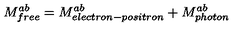
M _ { f r e e } ^ { a b } = M _ { e l e c t r o n - p o s i t r o n } ^ { a b } + M _ { p h o t o n } ^ { a b }